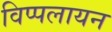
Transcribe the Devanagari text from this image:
विप्पलायन